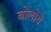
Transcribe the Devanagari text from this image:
बोलोये